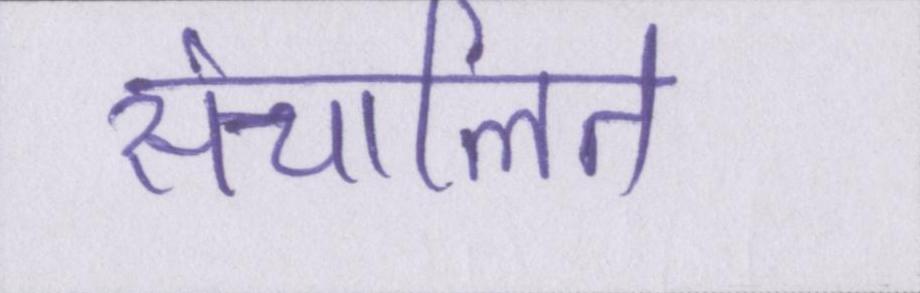
संचालित